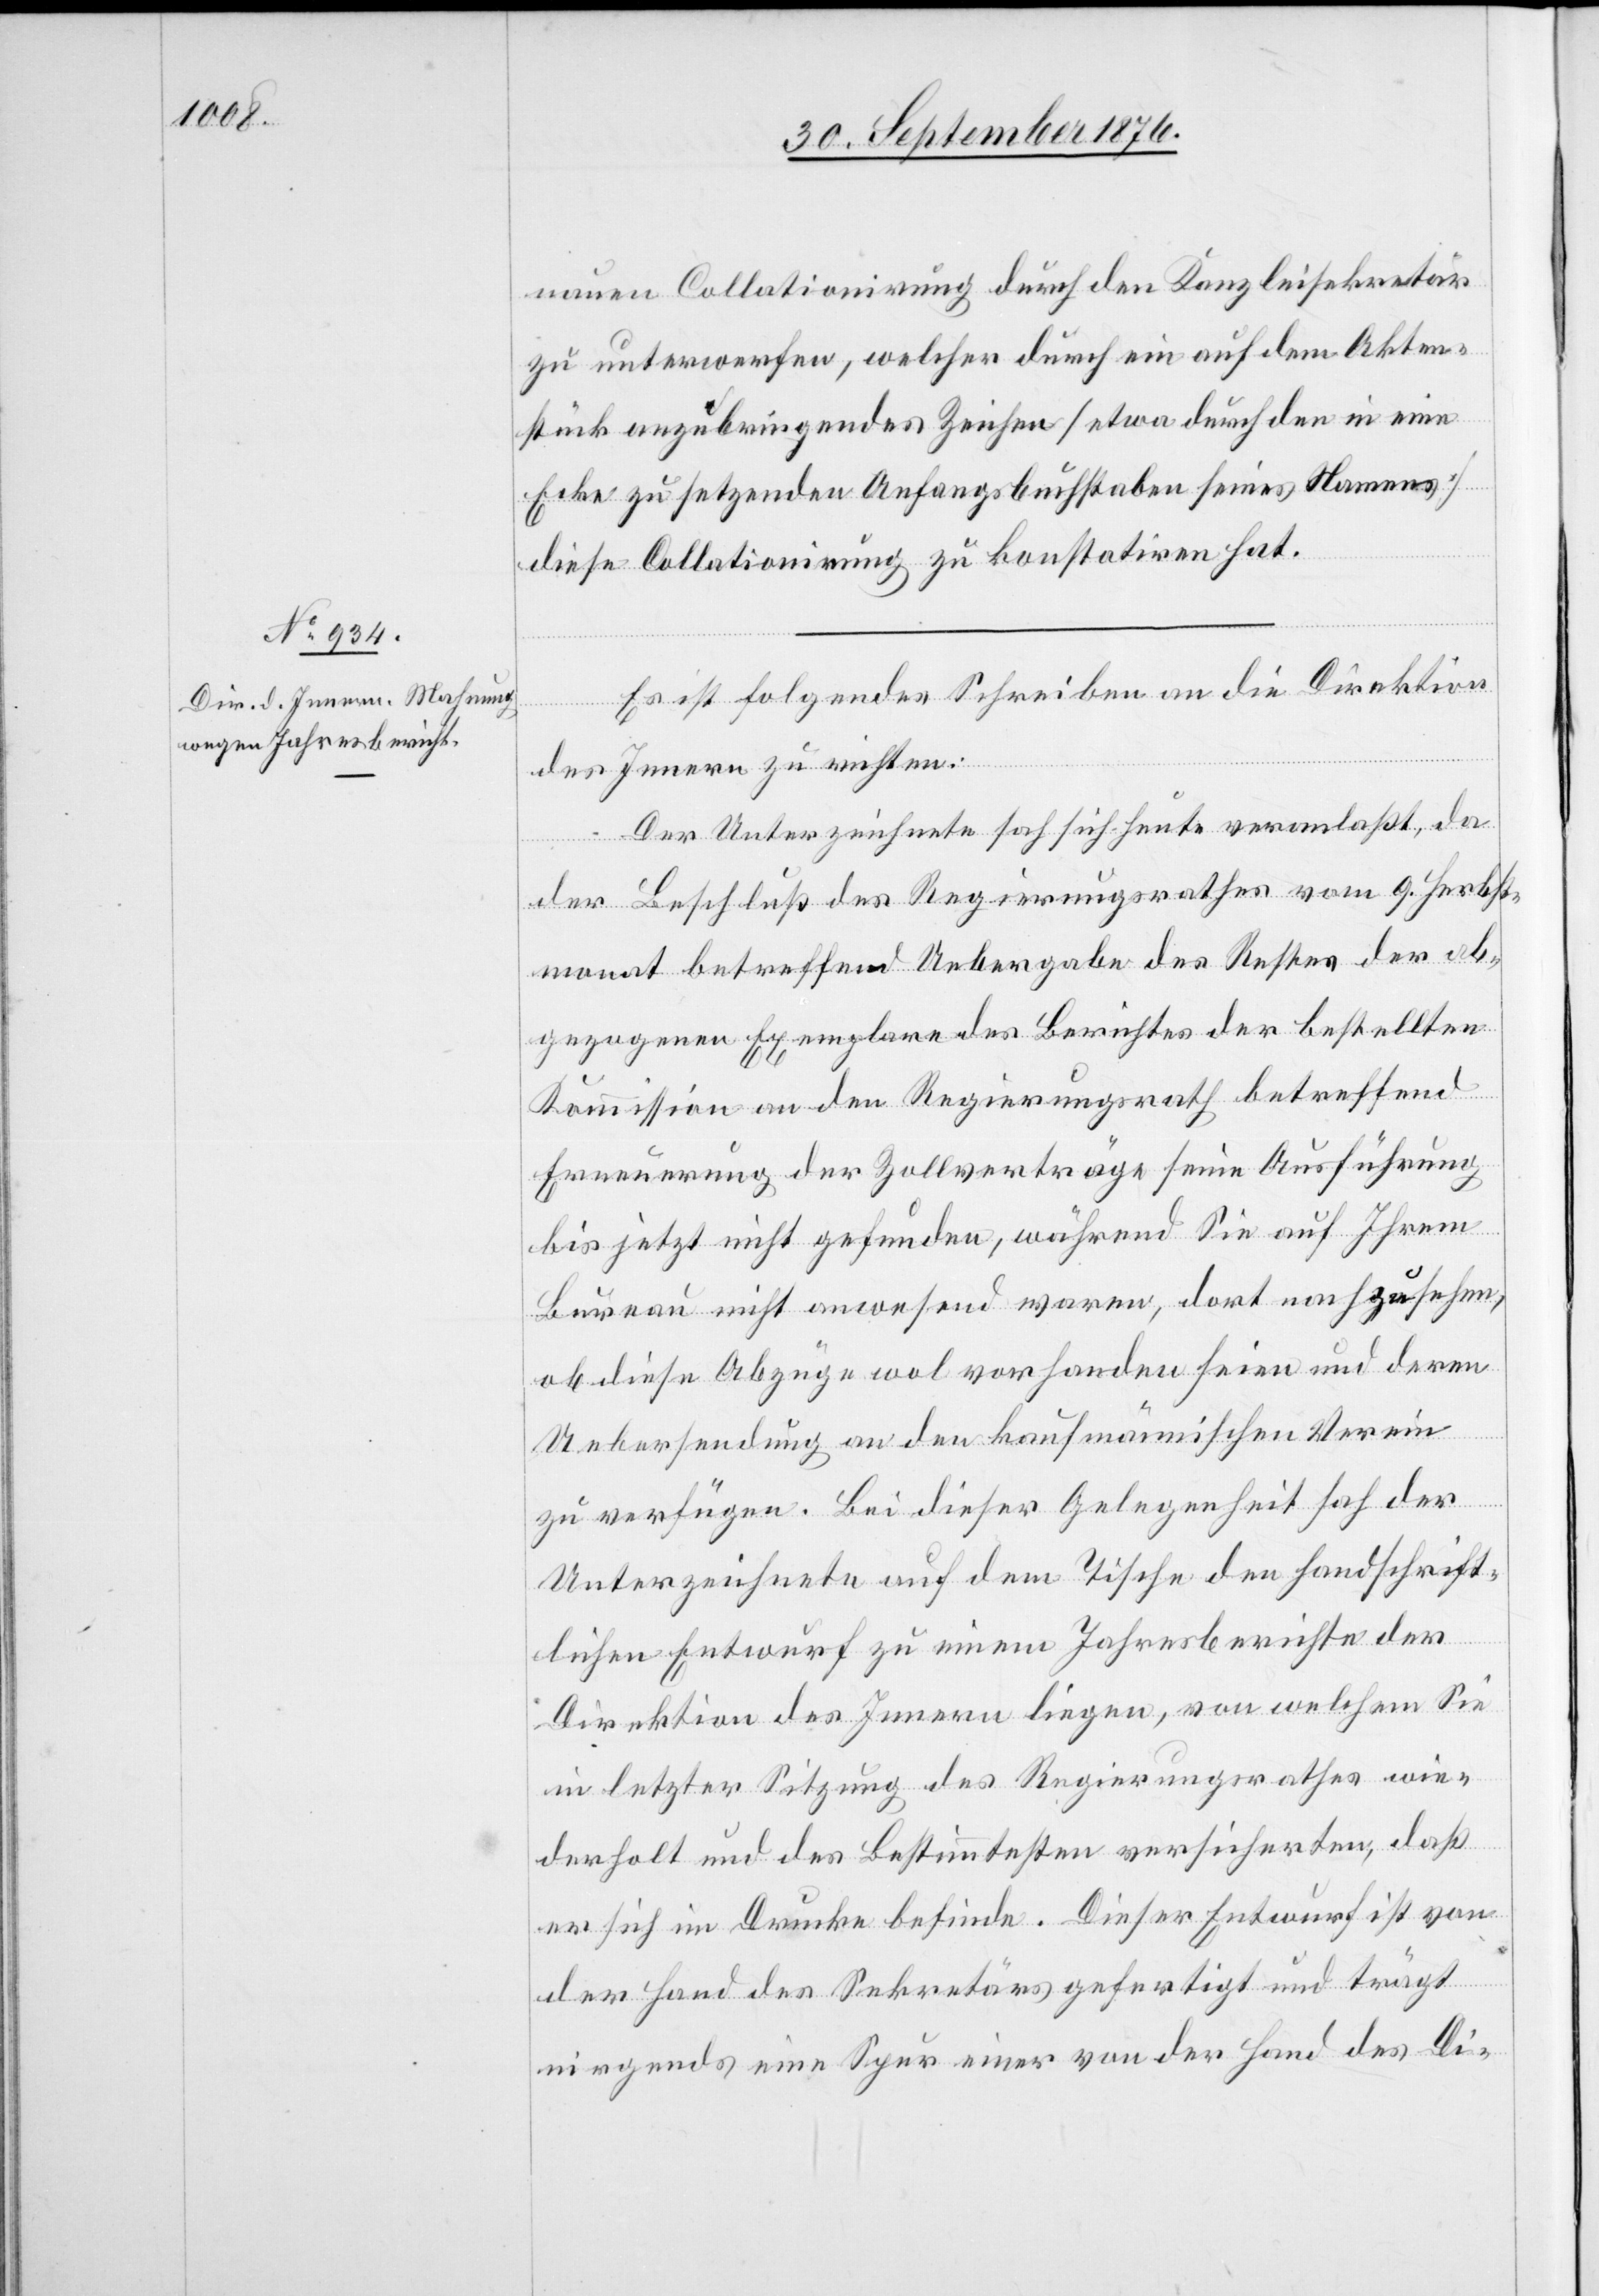
nauen Collationirung durch den Kanzleisekretär
zu unterwerfen, welcher durch ein auf dem Akten¬
stück anzubringendes Zeichen [etwa durch den in eine
Ecke zu setzenden Anfangsbuchstaben seines Namens]
diese Collationirung zu konstatiren hat.
Es ist folgendes Schreiben an die Direktion
des Innern zu richten:
Der Unterzeichnete sah sich heute veranlaßt, da
der Beschluß des Regierungsrathes vom 9. Herbst¬
monat betreffend Uebergabe des Restes der ab¬
gezogenen Exemplare des Berichtes der bestellten
Kommission an den Regierungsrath betreffend
Erneuerung der Zollverträge seine Ausführung
bis jetzt nicht gefunden, während Sie auf Ihrem
Bureau nicht anwesend waren, dort nachzusehen,
ob diese Abzüge wol vorhanden seien und deren
Uebersendung an den kaufmännischen Verein
zu verfügen. Bei dieser Gelegenheit hat der
Unterzeichnete auf dem Tische den handschrift¬
lichen Entwurf zu einem Jahresberichte der
Direktion des Innern liegen, von welchem Sie
in letzter Sitzung des Regierungsrathes wie¬
derholt und des Bestimmtesten versicherten, daß
er sich im Drucke befinde. Dieser Entwurf ist von
der Hand des Sekretärs gefertigt und trägt
nirgends eine Spur einer von der Hand des Di-